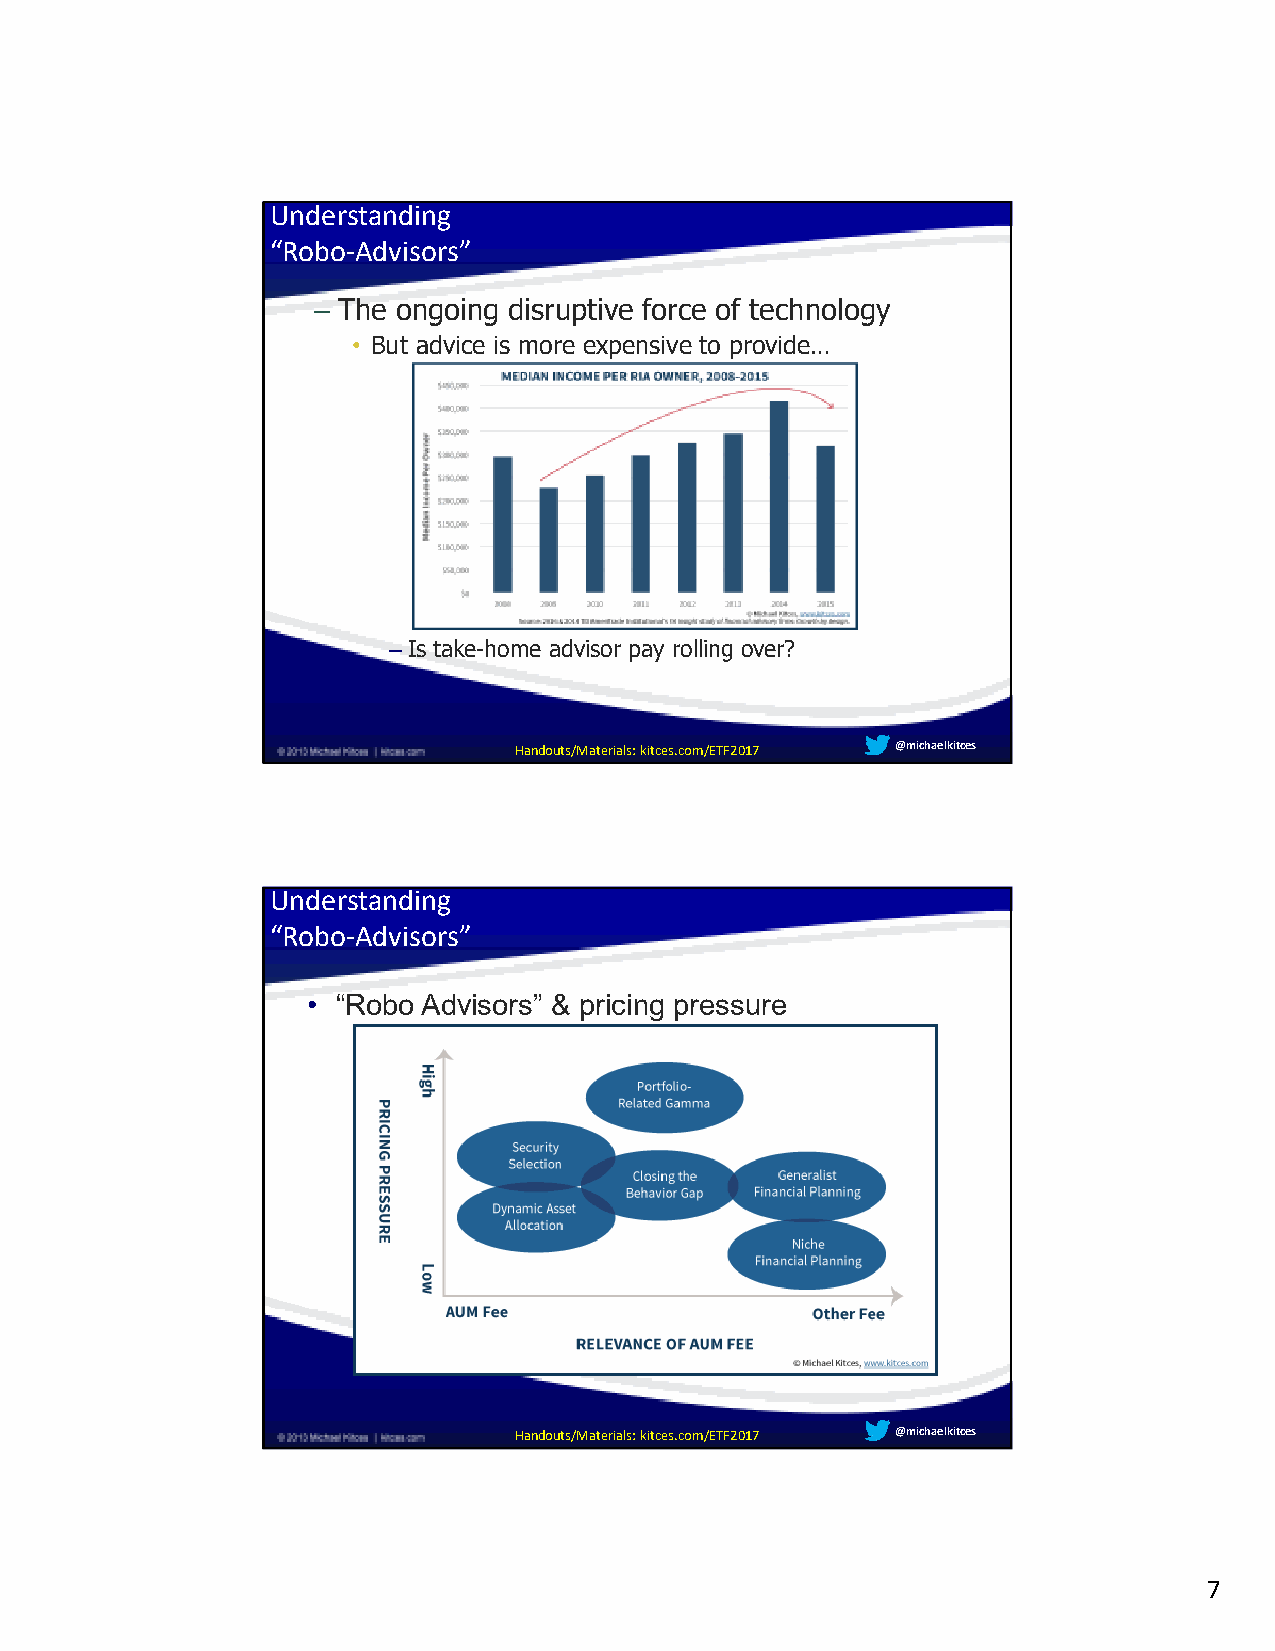
Understanding
 “Robo-Advisors”
 – The ongoing disruptive force of technology
 • But advice is more expensive to provide…
 –Is take-home advisor pay rolling over?
 Handouts/Materials: kitces.com/ETF2017 @michaelkitces
 Understanding
 “Robo-Advisors”
 • “Robo Advisors” & pricing pressure
 Handouts/Materials: kitces.com/ETF2017 @michaelkitces
 7